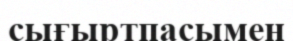
сығыртпасымен